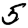
Digit: 5